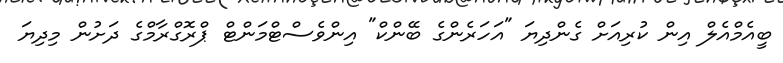
ބީއެމްއެލް އިން ކުރިއަށް ގެންދިޔަ "އަހަރެންގެ ބޭންކް" އިންވެސްޓްމަންޓް ޕްރޮގްރާމްގެ ދަށުން މިދިޔަ